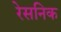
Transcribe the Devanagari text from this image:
रेसनिक